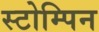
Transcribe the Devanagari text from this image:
स्टोम्पिन